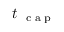
t _ { \mathrm { ~ \tiny ~ c ~ a ~ p ~ } }